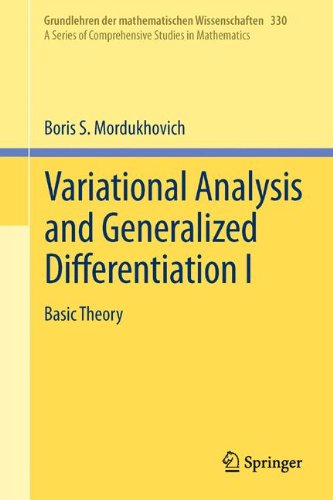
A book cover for Variational Analysis and Generalized Differentiation I: Basic Theory (Grundlehren der mathematischen Wissenschaften) (v. 1); Boris S. Mordukhovich; Science & Math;